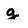
Character: g